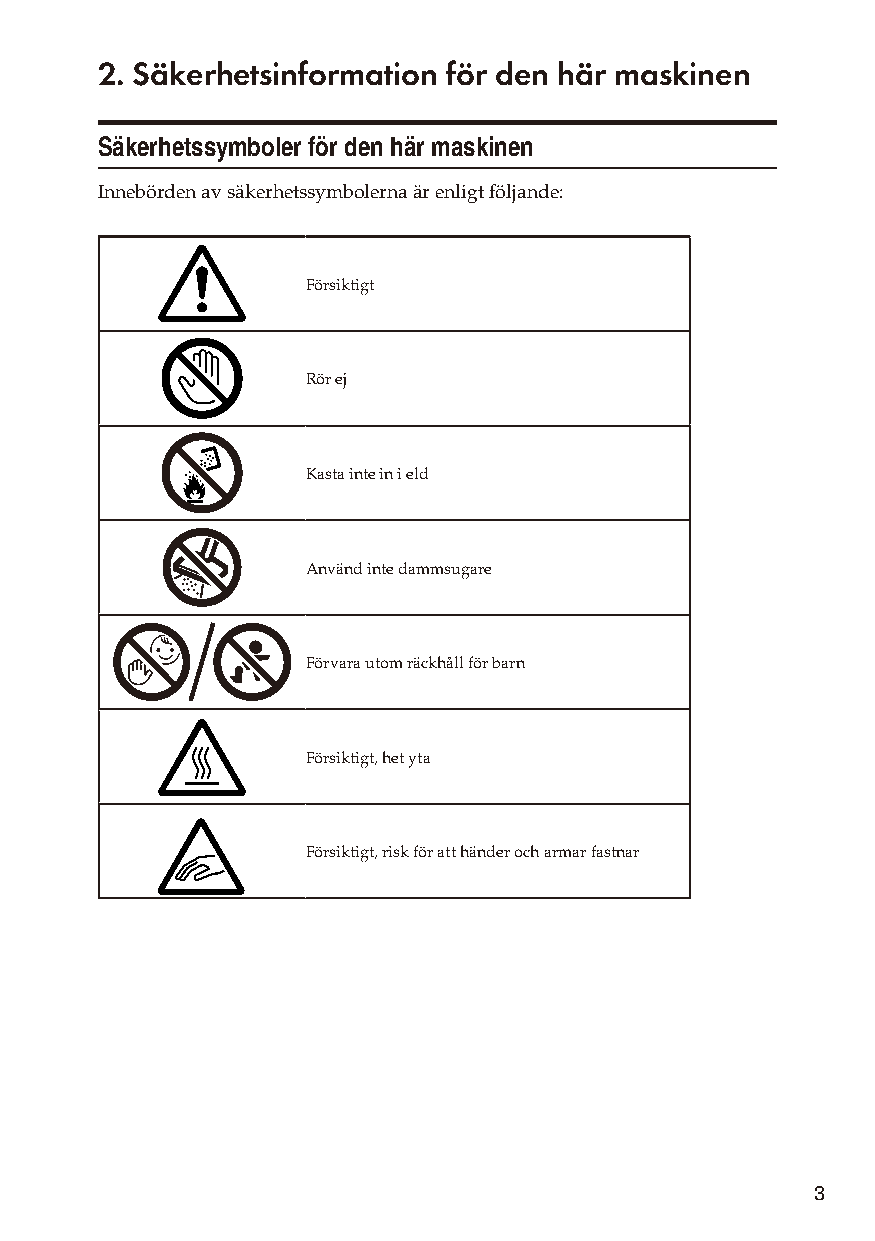
2. Säkerhetsinformation för den här maskinen
 Säkerhetssymboler för den här maskinen
 Innebörden av säkerhetssymbolerna är enligt följande:
 Försiktigt
 Rör ej
 Kasta inte in i eld
 Använd inte dammsugare
 Förvara utom räckhåll för barn
 Försiktigt, het yta
 Försiktigt, risk för att händer och armar fastnar
 3